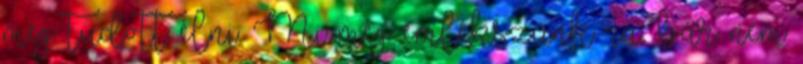
meg tudott élni. Mi még emlékszünk rá, bár nem